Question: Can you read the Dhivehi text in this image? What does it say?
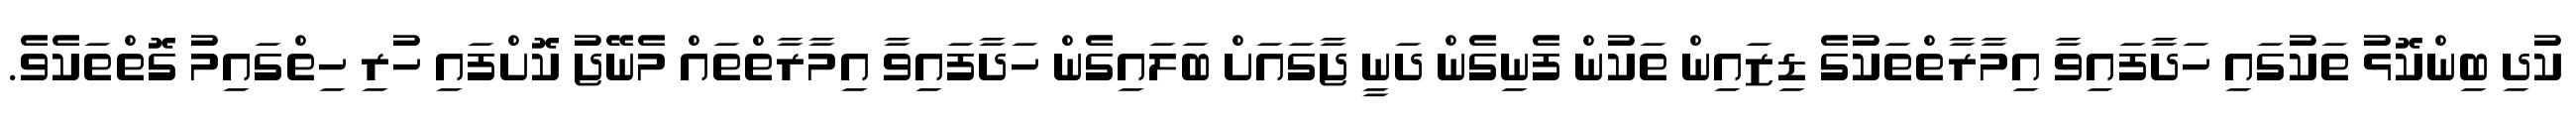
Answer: ކުދި ބިންކޮޅު ތަކުގައި ހަދާފައިވާ އިމާރާތްތަކުގެ ޑިޒައިން ތަކުން ފެނިގެން ދަނީ ޖާގައަށް ބަލައިގެން ހަދާފައިވާ އިމާރާތްތައް މެނޭޖު ކޮށްފައި ހުރި ހިތްގައިމު ގޮތްތަކެވެ.